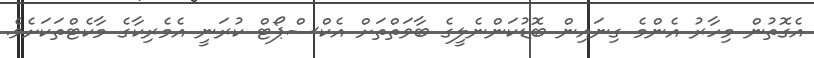
އެގޮތުން މިހާރު އެންމެ ގިނައިން ބޮޑުކަންނެލީގެ ބާވަތްތަށް އެކްސްޕޯޓް ކުރަނީ އެމެރިކާގެ މާކެޓްތަކަށެވެ.